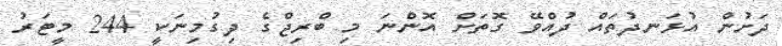
ދަށުން އުޅަނދުތައް ދުއްވޭ ގޮތަށް އޮންނަ މި ބްރިޖްގެ ދިގުމިނަކީ 244 މީޓަރު